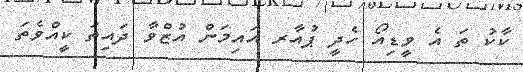
ކާކު ތަ އެ ވީޑިއޯ ހެދީ ޕުއާރ އައިމަން އުޒްވާ ދައިތަ ކީއްވެތަ